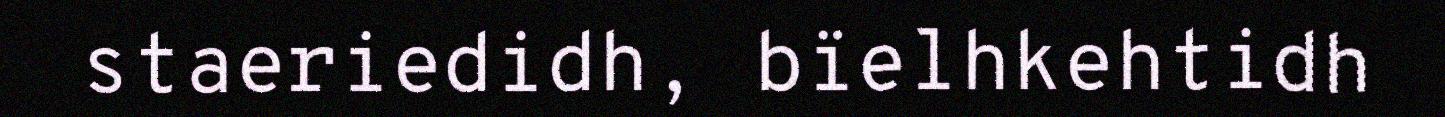
staeriedidh, bïelhkehtidh